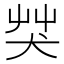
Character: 𦬦